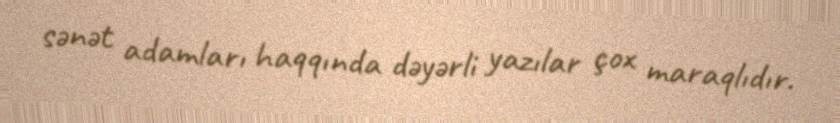
sənət adamları haqqında dəyərli yazılar çox maraqlıdır.